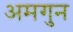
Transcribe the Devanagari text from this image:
अमगुन